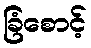
ခြံစောင့်